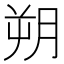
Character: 朔